Annual report of the Imperial Bacteriological Laboratory, Muktesar
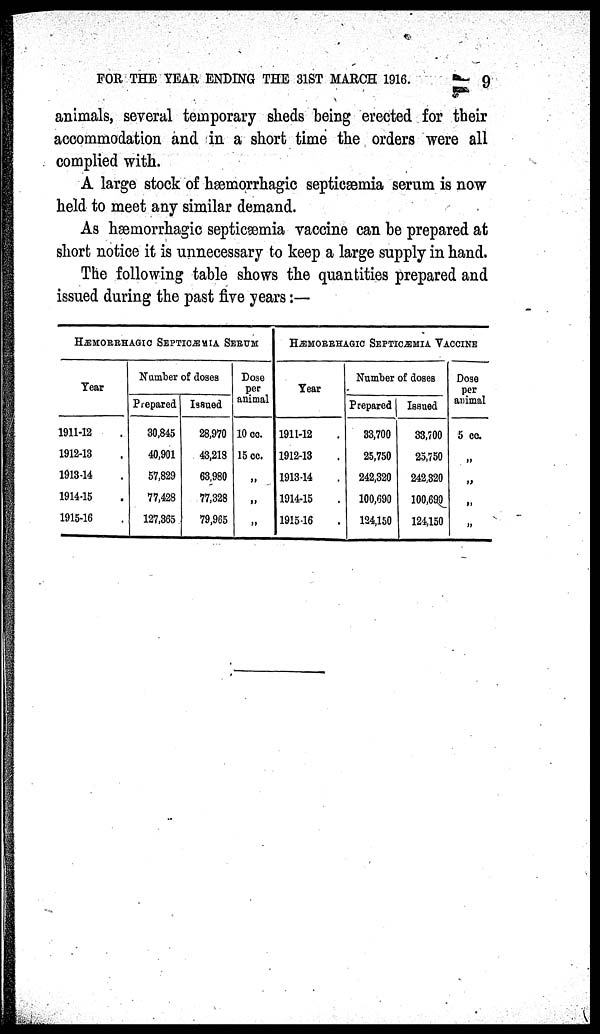
FOR THE YEAR ENDING THE 31ST MARCH 1916.
9
animals, several temporary sheds being erected for their
accommodation and in a short time the orders were all
complied with.
A large stock of hæmorrhagic septicæmia serum is now
held to meet any similar demand.
As hæmorrhagic septicæmia vaccine can be prepared at
short notice it is unnecessary to keep a large supply in hand.
The following table shows the quantities prepared and
issued during the past five years :—
HÆMORRHAGIC
Year
1911-12
1912-13
1913-14
1914-15
1915-16
SEPTICÆMIA SERUM
.
.
.
.
.
Number of doses
Prepared
30,845
40,901
57,829
77,428
127,365
Issued
28,970
43,218
63,980
77,328
79,965
Dose
per
animal
10 cc.
15 cc.
„
„
„
HÆMORRHAGIC SEPTICÆMIA VACCINE
Year
1911-12
1912-13
1913-14
1914-15
1915-16
Number of doses
Prepared
33,700
25,750
242,320
100,690
124,150
Issued
33,700
25,750
242,320
100,690
124,150
Dose
per
animal
5 cc.
„
„
„
„